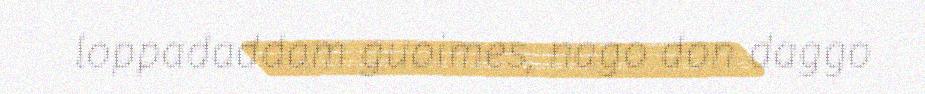
loppadaddam guoimes, nago don daggo